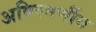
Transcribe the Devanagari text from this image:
अविस्मर्णीय